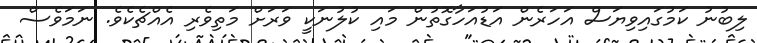
ލިބުނު ކަމުގައިވިޔަސް އަހަރެން އަޑުއަހާގޮތުން މައި ކުލުނަކީ ވަރަށް މަތިވެރި އެއްޗެކެވެ. ނަމަވެސް